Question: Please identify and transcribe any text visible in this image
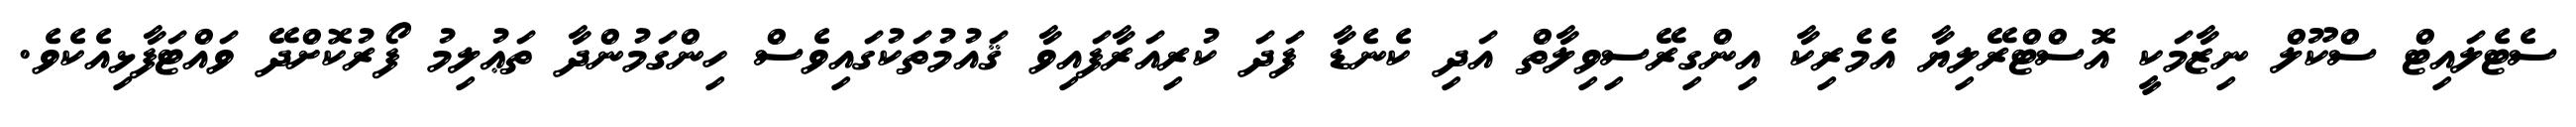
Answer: ސެޓެލައިޓް ސްކޫލް ނިޒާމަކީ އޮސްޓްރޭލިޔާ އެމެރިކާ އިންގިރޭސިވިލާތް އަދި ކެނެޑާ ފަދަ ކުރިއަރާފައިވާ ޤައުމުތަކުގައިވެސް ހިންގަމުންދާ ތަޢުލިމު ފޯރުކޮށްދޭ ވައްޓަފާޅިއެކެވެ.